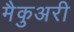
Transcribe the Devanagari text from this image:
मैकुअरी